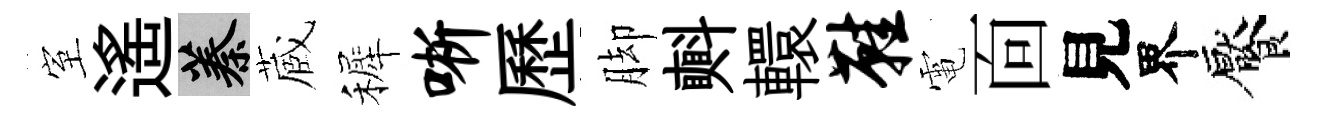
室遙蓁蔵裤晰歷脚㪺轘鞋電靣見界饜